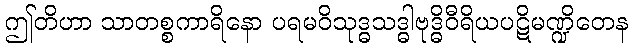
ဤတိဟာ သာတစ္စကာရိနော ပရမဝိသုဒ္ဓသဒ္ဓါဗုဒ္ဓိဝီရိယပဋိမဏ္ဍိတေန